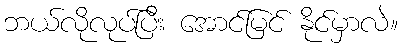
ဘယ်လိုလုပ်ပြီး အောင်မြင် နိုင်မှာလဲ။